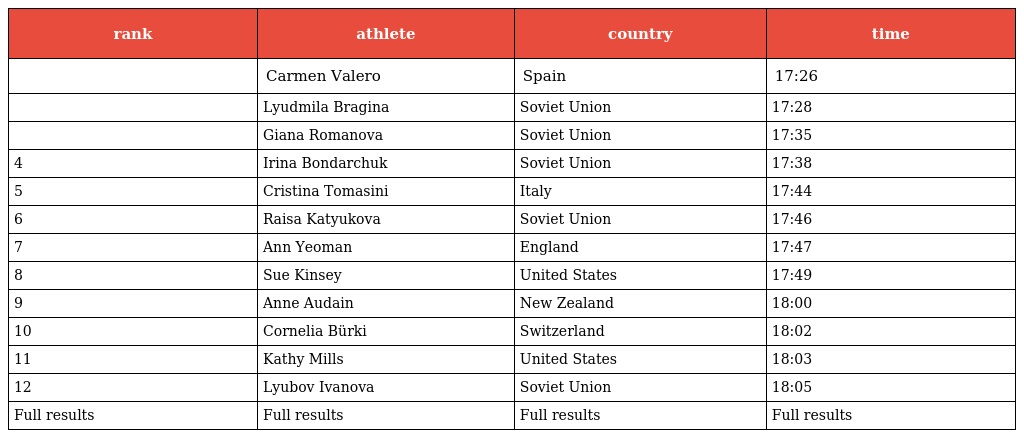
| rank | athlete | country | time |
 | --- | --- | --- | --- |
 |  | Carmen Valero | Spain | 17:26 |
 |  | Lyudmila Bragina | Soviet Union | 17:28 |
 |  | Giana Romanova | Soviet Union | 17:35 |
 | 4 | Irina Bondarchuk | Soviet Union | 17:38 |
 | 5 | Cristina Tomasini | Italy | 17:44 |
 | 6 | Raisa Katyukova | Soviet Union | 17:46 |
 | 7 | Ann Yeoman | England | 17:47 |
 | 8 | Sue Kinsey | United States | 17:49 |
 | 9 | Anne Audain | New Zealand | 18:00 |
 | 10 | Cornelia Bürki | Switzerland | 18:02 |
 | 11 | Kathy Mills | United States | 18:03 |
 | 12 | Lyubov Ivanova | Soviet Union | 18:05 |
 | Full results | Full results | Full results | Full results |